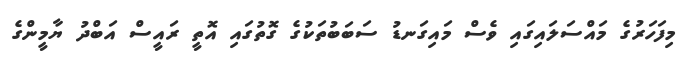
މިފަހަރުގެ މައްސަލައިގައި ވެސް މައިގަނޑު ސަބަބުތަކުގެ ގޮތުގައި އޮތީ ރައީސް އަބްދު ޔާމީންގެ